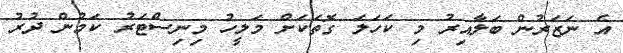
އެ ނަޒަަރުން ބަލާއިރު މި ކަހަލަ ގޮތަކަށް މަލީހު މިނިސްޓަރު ކަމުން ދުރު